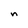
Character: n